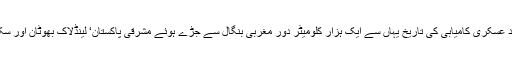
بھارت کی نام نہاد عسکری کامیابی کی تاریخ یہاں سے ایک ہزار کلومیٹر دور مغربی بنگال سے جُڑے ہوئے مشرقی پاکستان‘ لینڈلاک بھوٹان اور سکم تک محدود ہے۔